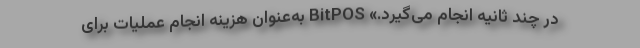
در چند ثانیه انجام می‌گیرد.» BitPOS به‌عنوان هزینه انجام عملیات برای